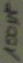
Text: 100µF